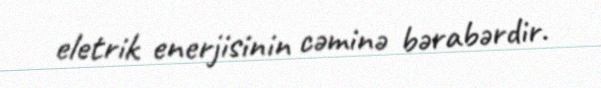
eletrik enerjisinin cəminə bərabərdir.